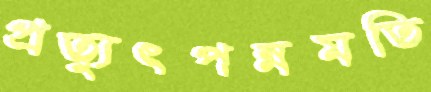
প্রত্যুৎপন্নমতি